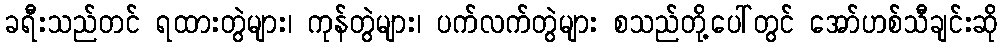
ခရီးသည်တင် ရထားတွဲများ၊ ကုန်တွဲများ၊ ပက်လက်တွဲများ စသည်တို့ပေါ်တွင် အော်ဟစ်သီချင်းဆို